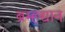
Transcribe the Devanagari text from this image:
ब्रम्हद्यान